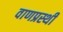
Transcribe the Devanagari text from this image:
वाणप्रस्थी